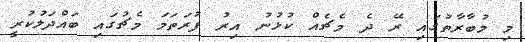
މި މުބާރާތުގައި ރޭ ދެ މެޗެއް ކުޅުނު އިރު ފުރަތަމަ މެޗުގައި ބައްދަލުކުރީ